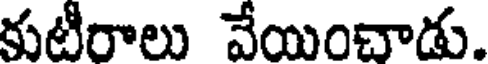
కుటీరాలు వేయించాడు.